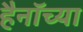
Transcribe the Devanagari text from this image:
हैनॉच्या